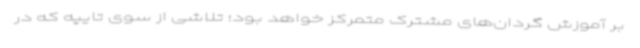
بر آموزش گردان‌های مشترک متمرکز خواهد بود؛ تلاشی از سوی تایپه که در